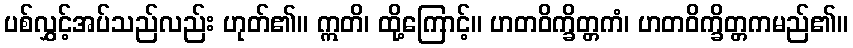
ပစ်လွှင့်အပ်သည်လည်း ဟုတ်၏။ ဣတိ၊ ထို့ကြောင့်။ ဟတဝိက္ခိတ္တကံ၊ ဟတဝိက္ခိတ္တကမည်၏။